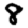
Digit: 8